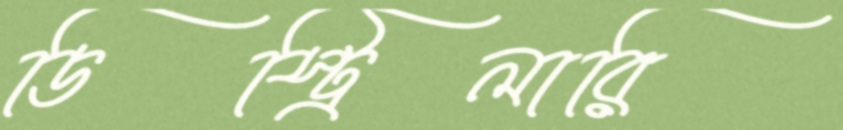
ডিস্ট্রিলারি